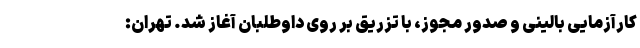
کارآزمایی بالینی و صدور مجوز، با تزریق بر روی داوطلبان آغاز شد. تهران: